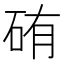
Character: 𥑿